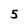
Character: 5